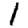
Digit: 1